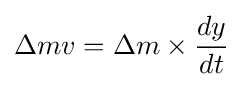
\Delta mv=\Delta m\times {\frac {dy}{dt}}